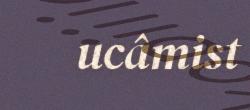
ucâmist